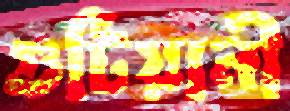
গুটিয়ানী